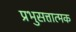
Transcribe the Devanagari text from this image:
प्रभुसत्तात्मक